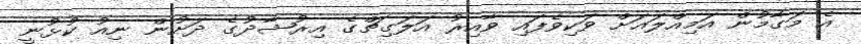
އެ މަގާމުން އަމިއްލައަށް ވަކިވެފައި ވާއިރު އަލަގިޗްގެ އިރުޝާދުގެ ދަށުން ނިއު ކުޅުނީ